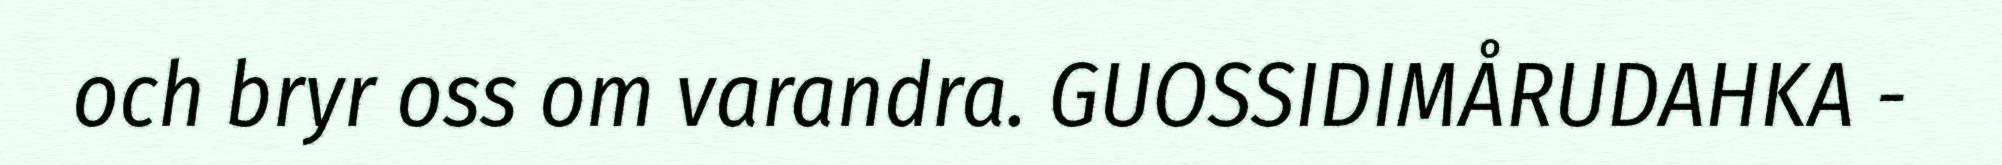
och bryr oss om varandra. GUOSSIDIMÅRUDAHKA -